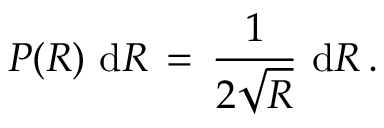
P ( R ) \, \, \mathrm { d } R \, = \, \frac { 1 } { 2 \sqrt { R } } \, \, \mathrm { d } R \, .